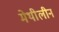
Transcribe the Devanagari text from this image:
मेथीलीन